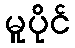
မူပိုင်